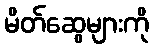
မိတ်ဆွေများကို